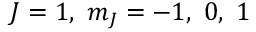
J = 1 , \ m _ { J } = - 1 , \ 0 , \ 1